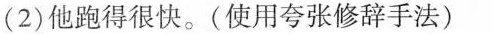
(2)他跑得很快。(使用夸张修辞手法)